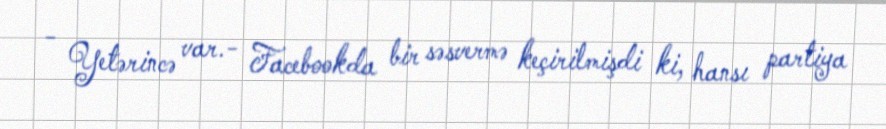
- Yetərincə var.- Facebookda bir səsvermə keçirilmişdi ki, hansı partiya